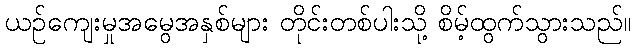
ယဉ်ကျေးမှုအမွေအနှစ်များ တိုင်းတစ်ပါးသို့ စိမ့်ထွက်သွားသည်။